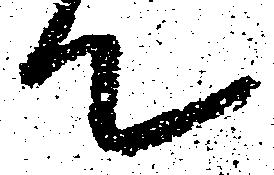
て